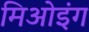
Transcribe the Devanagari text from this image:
मिओइंग